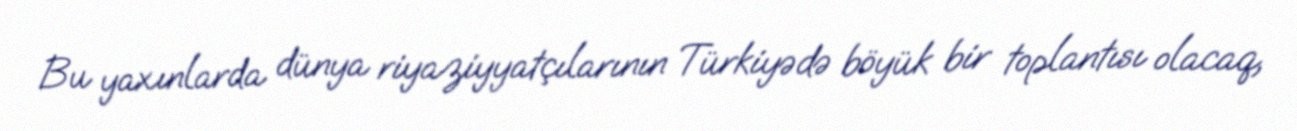
Bu yaxınlarda dünya riyaziyyatçılarının Türkiyədə böyük bir toplantısı olacaq,